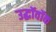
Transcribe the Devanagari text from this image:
उद्धॉवॉक